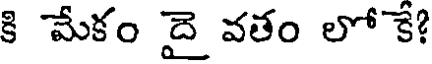
కి మేకం దై వతం లో కే?